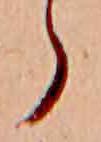
ら